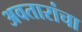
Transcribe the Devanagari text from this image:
अवतारांचा